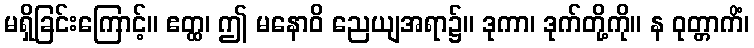
မရှိခြင်းကြောင့်။ ဧတ္ထ၊ ဤ မနောဝိ ညေယျအရာ၌။ ဒုကာ၊ ဒုက်တို့ကို။ န ဝုတ္တာကိံ၊